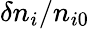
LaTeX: \delta n_{i}/n_{i0}